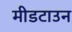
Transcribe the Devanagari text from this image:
मीडटाउन